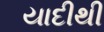
યાદીથી